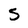
Character: 5